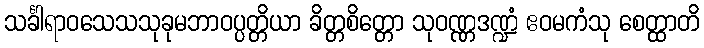
သင်္ခါရာဝသေသသုခုမဘာဝပ္ပတ္တိယာ ခိတ္တစိတ္တော သုဝဏ္ဏဒဏ္ဍံ ဧဝမကံသု စေတ္ထာတိ